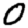
Digit: 0